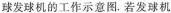
发球机球发球机的工作示意图。若发球机